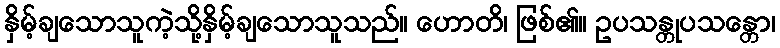
နှိမ့်ချသောသူကဲ့သို့နှိမ့်ချသောသူသည်။ ဟောတိ၊ ဖြစ်၏။ ဥပသန္တုပသန္တော၊